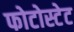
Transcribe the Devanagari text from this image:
फोटोस्टेट